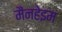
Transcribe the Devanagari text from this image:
मैंनहेइम